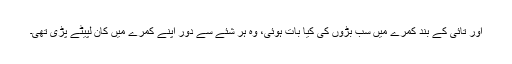
اور تائی کے بند کمرے میں سب بڑوں کی کیا بات ہوئی، وہ ہر شئے سے دور اپنے کمرے میں کان لپیٹے پڑی تھی۔